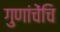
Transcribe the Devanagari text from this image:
गुणांचेंचि